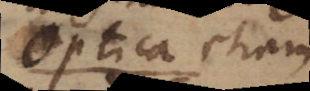
Optica etiam